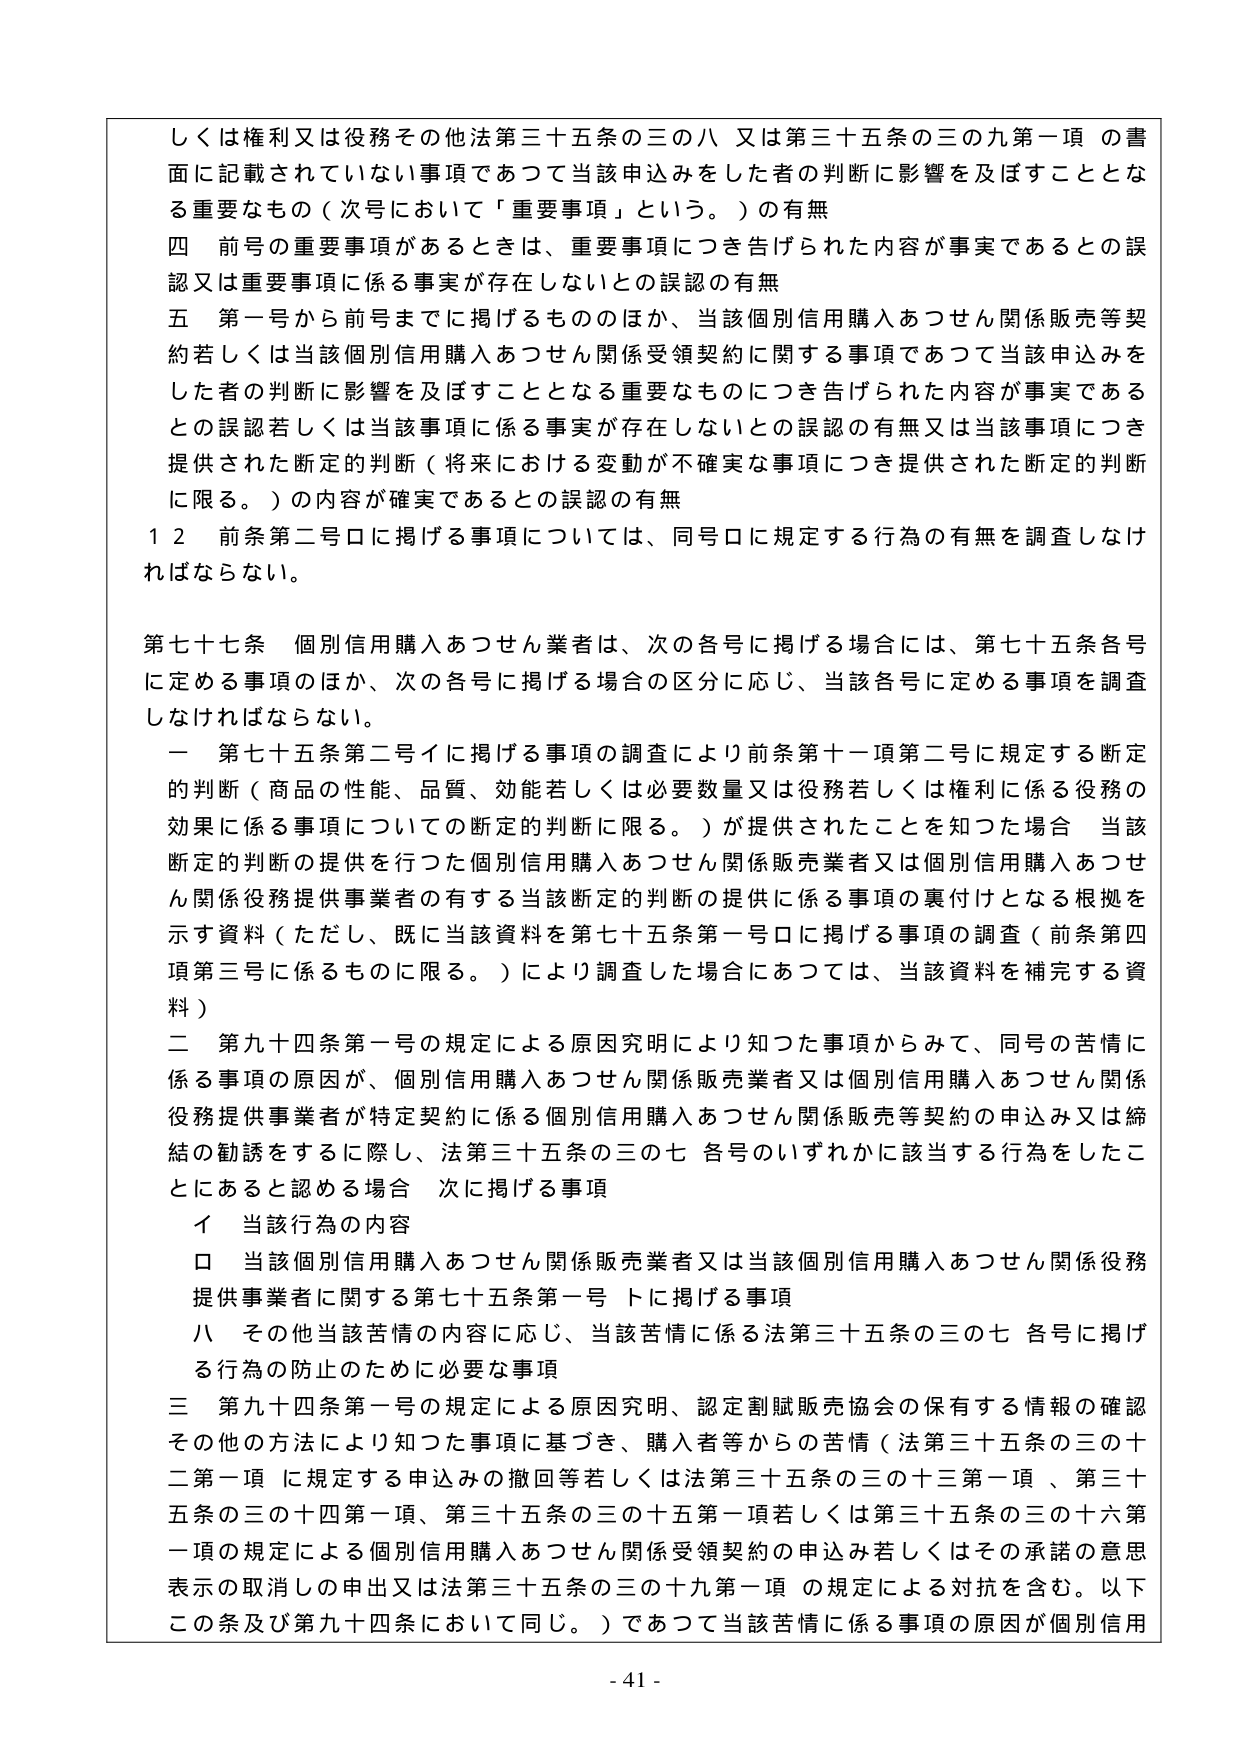
しくは権利又は役務その他法第三十五条の三の八又は第三十五条の三の九第一項の書面に記載されていない事項であつて当該申込みをした者の判断に影響を及ぼすこととなる重要なもの（次号において「重要事項」という。）の有無
四 前号の重要事項があるときは、重要事項につき告げられた内容が事実であるとの誤認又は重要事項に係る事実が存在しないとの誤認の有無
五 第一号から前号までに掲げるもののほか、当該個別信用購入あつせん関係販売等契約若しくは当該個別信用購入あつせん関係受領契約に関する事項であつて当該申込みをした者の判断に影響を及ぼすこととなる重要なものにつき告げられた内容が事実であるとの誤認若しくは当該事項に係る事実が存在しないとの誤認の有無又は当該事項につき提供された断定的判断（将来における変動が不確実な事項につき提供された断定的判断に限る。）の内容が確実であるとの誤認の有無
１２ 前条第二号ロに掲げる事項については、同号ロに規定する行為の有無を調査しなければならない。

第七十七条 個別信用購入あつせん業者は、次の各号に掲げる場合には、第七十五条各号に定める事項のほか、次の各号に掲げる場合の区分に応じ、当該各号に定める事項を調査しなければならない。
一 第七十五条第二号イに掲げる事項の調査により前条第十一項第二号に規定する断定的判断（商品の性能、品質、効能若しくは必要数量又は役務若しくは権利に係る役務の効果に係る事項についての断定的判断に限る。）が提供されたことを知った場合 当該断定的判断の提供を行つた個別信用購入あつせん関係販売業者又は個別信用購入あつせん関係役務提供事業者の有する当該断定的判断の提供に係る事項の裏付けとなる根拠を示す資料（ただし、既に当該資料を第七十五条第一号ロに掲げる事項の調査（前条第四項第三号に係るものに限る。）により調査した場合にあつては、当該資料を補完する資料）
二 第九十四条第一号の規定による原因究明により知つた事項からみて、同号の苦情に係る事項の原因が、個別信用購入あつせん関係販売業者又は個別信用購入あつせん関係役務提供事業者が特定契約に係る個別信用購入あつせん関係販売等契約の申込み又は締結の勧誘をするに際し、法第三十五条の三の七各号のいずれかに該当する行為をしたことにあると認める場合 次に掲げる事項
　イ 当該行為の内容
　ロ 当該個別信用購入あつせん関係販売業者又は当該個別信用購入あつせん関係役務提供事業者に関する第七十五条第一号トに掲げる事項
　ハ その他当該苦情の内容に応じ、当該苦情に係る法第三十五条の三の七各号に掲げる行為の防止のために必要な事項
三 第九十四条第一号の規定による原因究明、認定割賦販売協会の保有する情報の確認その他の方法により知つた事項に基づき、購入者等からの苦情（法第三十五条の三の十二第一項に規定する申込みの撤回等若しくは法第三十五条の三の十三第一項、第三十五条の三の十四第一項、第三十五条の三の十五第一項若しくは第三十五条の三の十六第一項の規定による個別信用購入あつせん関係受領契約の申込み若しくはその承諾の意思表示の取消しの申出又は法第三十五条の三の十九第一項の規定による対抗を含む。以下この条及び第九十四条において同じ。）であつて当該苦情に係る事項の原因が個別信用

- 41 -